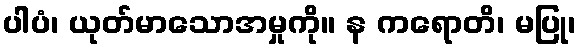
ပါပံ၊ ယုတ်မာသောအမှုကို။ န ကရောတိ၊ မပြု၊